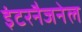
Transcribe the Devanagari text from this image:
इंटरनैजनेल